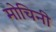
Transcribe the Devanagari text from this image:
मोचिनी